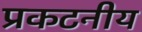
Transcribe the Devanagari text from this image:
प्रकटनीय